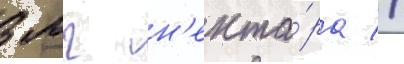
3 мг н'екта́ра //